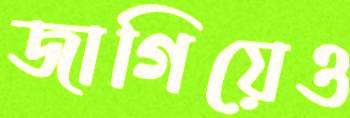
জাগিয়েও